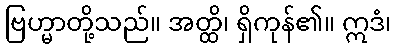
ဗြဟ္မာတို့သည်။ အတ္ထိ၊ ရှိကုန်၏။ ဣဒံ၊